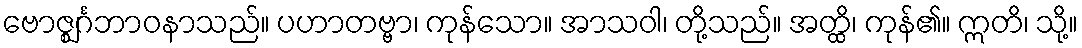
ဗောဇ္ဈင်္ဂဘာဝနာသည်။ ပဟာတဗ္ဗာ၊ ကုန်သော။ အာသဝါ၊ တို့သည်။ အတ္ထိ၊ ကုန်၏။ ဣတိ၊ သို့။